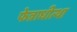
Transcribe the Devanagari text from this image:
फेन्नाधीत्था